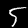
Digit: 5